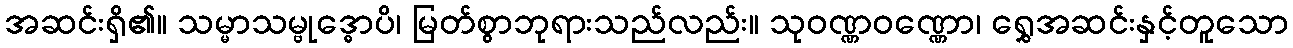
အဆင်းရှိ၏။ သမ္မာသမ္ဗုဒ္ဓောပိ၊ မြတ်စွာဘုရားသည်လည်း။ သုဝဏ္ဏဝဏ္ဏော၊ ရွှေအဆင်းနှင့်တူသော